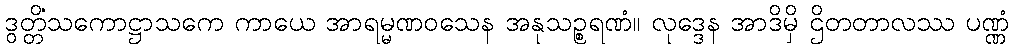
ဒွတ္တိံသကောဋ္ဌာသကေ ကာယေ အာရမ္မဏဝသေန အနုသဉ္စရဏံ။ လုဒ္ဒေန အာဒိမှိ ဌိတတာလဿ ပဏ္ဏံ